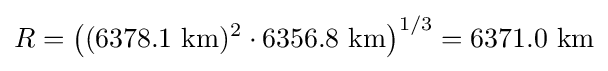
R=\left((6378.1~{\text{km}})^{2}\cdot 6356.8~{\text{km}}\right)^{1/3}=6371.0~{\text{km}}